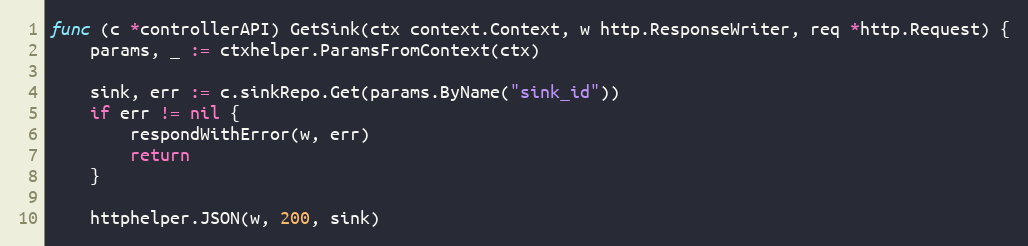
Language: Go
func (c *controllerAPI) GetSink(ctx context.Context, w http.ResponseWriter, req *http.Request) {
	params, _ := ctxhelper.ParamsFromContext(ctx)

	sink, err := c.sinkRepo.Get(params.ByName("sink_id"))
	if err != nil {
		respondWithError(w, err)
		return
	}

	httphelper.JSON(w, 200, sink)